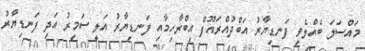
މައްސަލަ ބެއްލެވީ ފަނޑިޔާރު އަބްދުއްރައޫފް އިބްރާހިމާއި ފަނޑިޔާރު އަލީ ސަމީރު އަދި ފަނޑިޔާރު